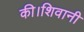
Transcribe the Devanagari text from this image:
की।शिवानी